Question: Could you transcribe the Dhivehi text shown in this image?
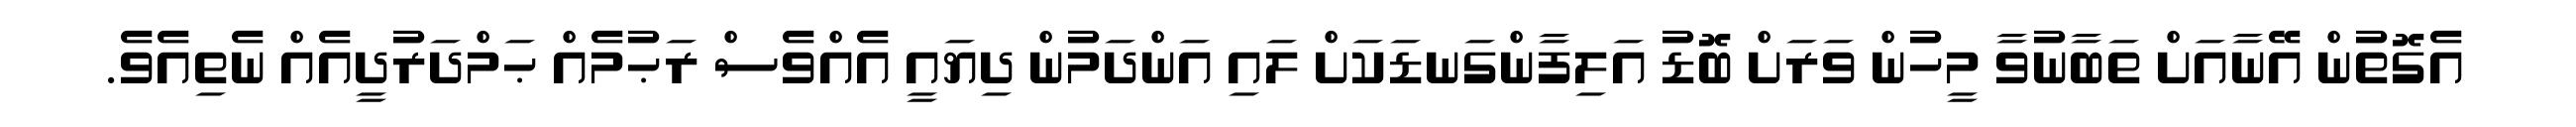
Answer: އެގޮތުން އޭނާއަށް ތަބާނުވާ މީހުން ވަރަށް ބޮޑު އަލިފާންގަނޑަކަށް ލައި އަންދަމުން ދިޔައީ އެއްވެސް ރަޙުމެއް ޙަމްދަރުދީއެއް ނެތިއެވެ.